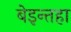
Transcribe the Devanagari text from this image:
बेइन्तहा